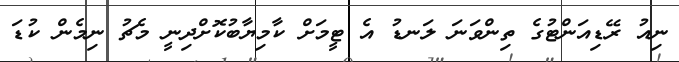
ނިއު ރޭޑިއަންޓުގެ ތިންވަނަ ލަނޑު އެ ޓީމަށް ކާމިޔާބުކޮށްދިނީ މެޗު ނިމެން ކުޑަ